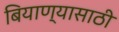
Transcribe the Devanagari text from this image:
बियाण्यासाठी